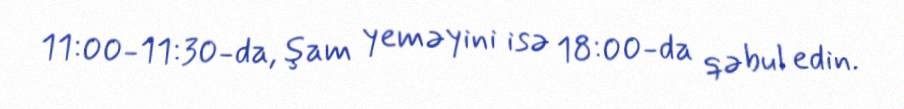
11:00-11:30-da, şam yeməyini isə 18:00-da qəbul edin.